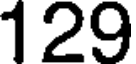
129